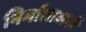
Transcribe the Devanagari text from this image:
निर्माताजनों